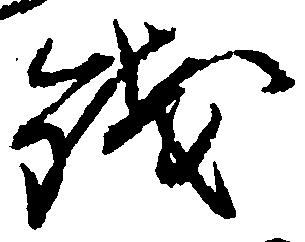
銭